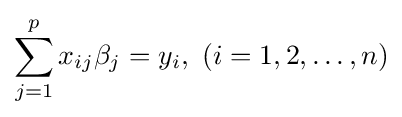
\sum _{j=1}^{p}x_{ij}\beta _{j}=y_{i},\ (i=1,2,\dots ,n)